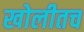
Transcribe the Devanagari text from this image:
खोलीतच